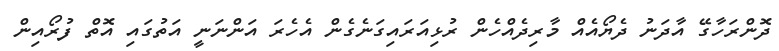
ދޮންރަހާގޭ އާދަނު ދެޔޯއެއް މާރިދެއްހެން ރުޅިއަރައިގަނެގެން އެހެރަ އަންނަނީ އަތުގައި އޮތް ފުރޯއިން